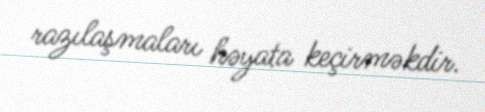
razılaşmaları həyata keçirməkdir.